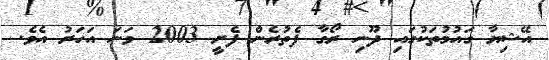
އޭޝިޔާ ގައުމުތަކުގައި ދޫނި ރޯގާ ފެތުރެން ފެށީ 2003 ވަނަ އަހަރު އެވެ.